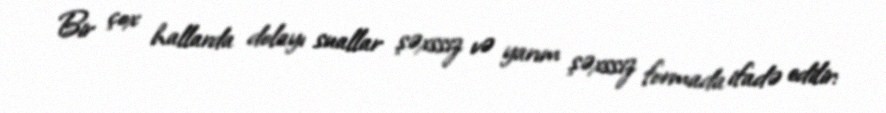
Bir çox hallarda dolayı suallar şəxssiz və yarım şəxssiz formada ifadə edilir: